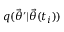
q ( \ensuremath { \vec { \theta } } ^ { \prime } | \ensuremath { \vec { \theta } } ( t _ { i } ) )